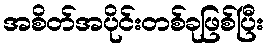
အစိတ်အပိုင်းတစ်ခုဖြစ်ပြီး